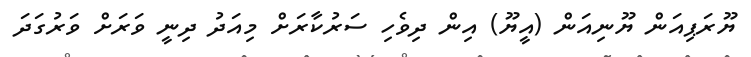
ޔޫރަޕިއަން ޔޫނިއަން (އީޔޫ) އިން ދިވެހި ސަރުކާރަށް މިއަދު ދިނީ ވަރަށް ވަރުގަދަ